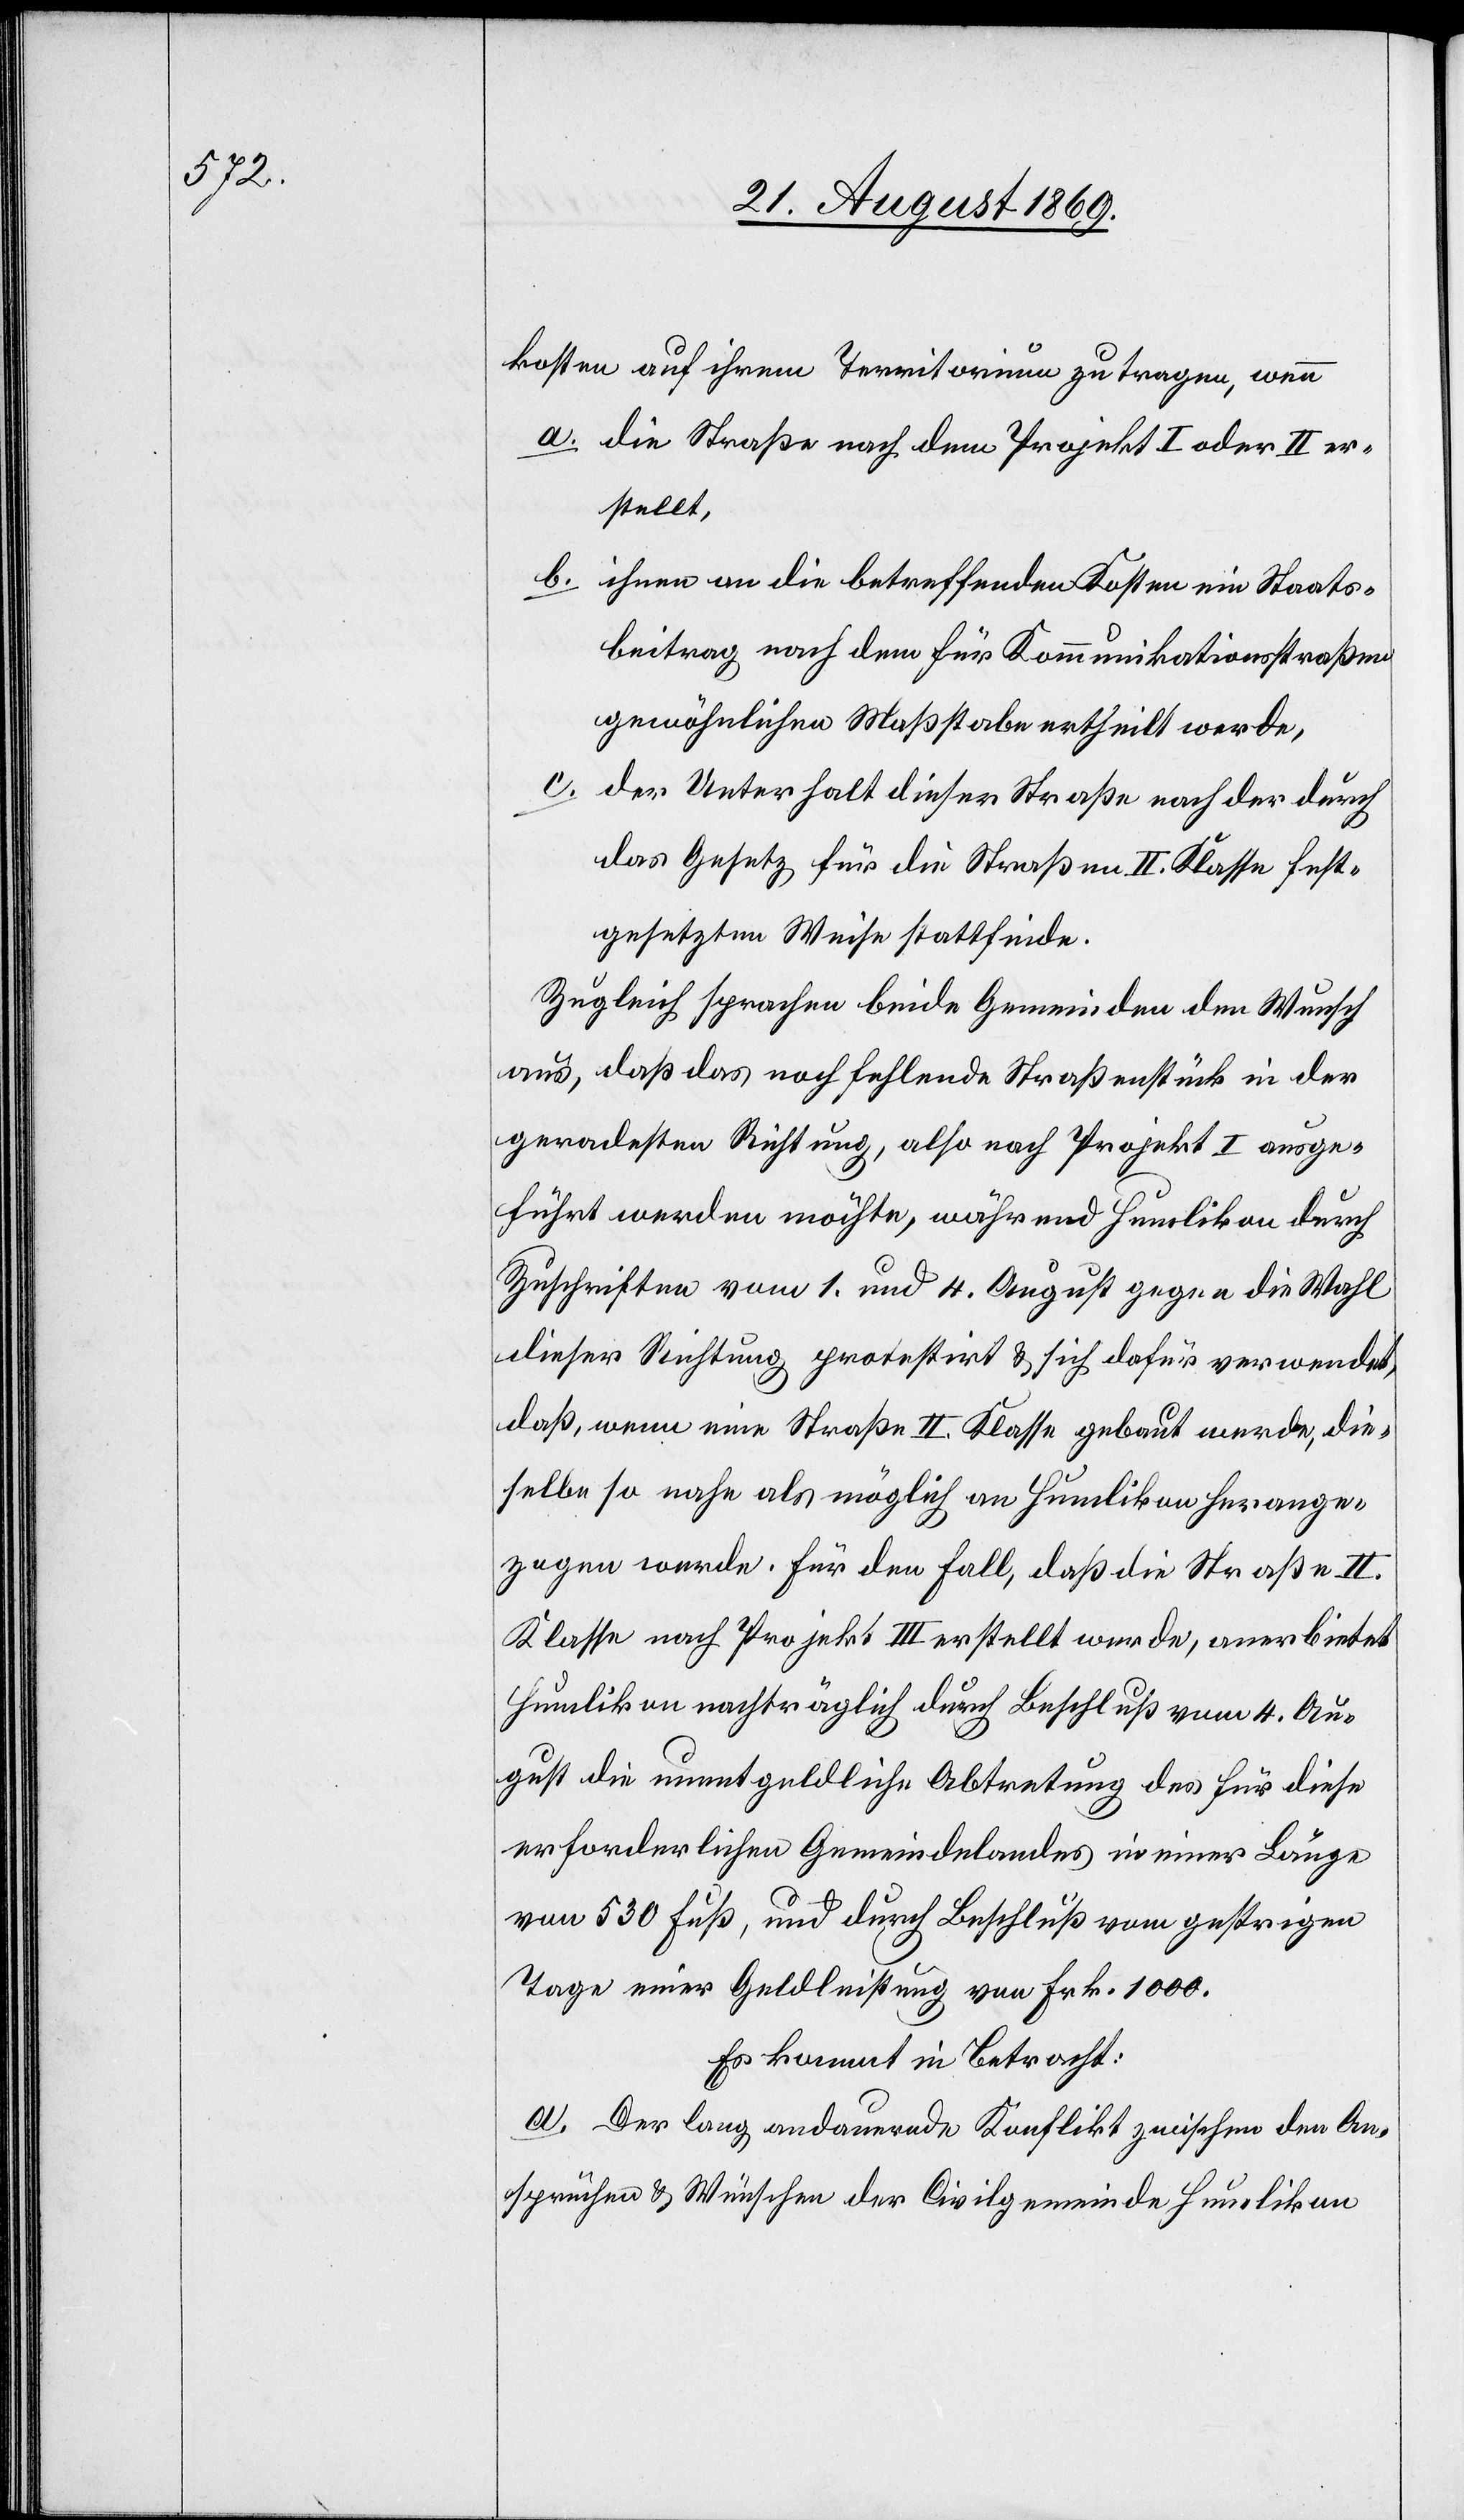
kosten auf ihrem Territorium zu tragen, wenn
a. die Straße nach dem Projekt I oder II er¬
stellt,
b. ihnen an die betreffenden Kosten ein Staats¬
beitrag nach dem für Kommunikationsstraßen
gewöhnlichen Maßstabe ertheilt werde,
c.
der Unterhalt dieser Straße nach der durch
das Gesetz für die Straßen II. Klasse fest¬
gesetzten Weise stattfinde.
Zugleich sprachen beide Gemeinden den Wunsch
aus, daß das noch fehlende Straßenstück in der
geradesten Richtung, also nach Projekt I ausge¬
führt werden möchte, während Humlikon durch
Zuschriften vom 1. und 4. August gegen die Wahl
dieser Richtung protestirt & sich dafür verwendet,
daß, wenn eine Straße II. Klasse gebaut werde, die¬
selbe so nahe als möglich an Humlikon herange¬
zogen werde. Für den Fall, daß die Straße II.
Klasse nach Projekt III erstellt werde, anerbietet
Humlikon nachträglich durch Beschluß vom 4. Au¬
gust die unentgeldliche Abtretung des für diese
erforderlichen Gemeindelandes in einer Länge
von 530 Fuß, und durch Beschluß vom gestrigen
Tage einer Geldleistung von Frk. 1000.
Es kommt in Betracht:
a. Der lang andauernde Konflikt zwischen den An¬
sprüchen & Wünschen der Civilgemeinde Humlikon